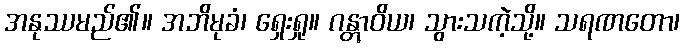
အနုဿမည်၏။ အဘိမုခံ၊ ရှေးရှု။ ဂန္တွာဝိယ၊ သွားသကဲ့သို့။ သရဏတော၊